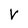
Character: V